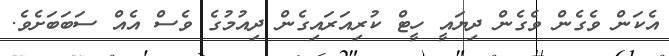
އެކަން ވެގެން ވެގެން ދިޔައީ ހީޓް ކުރިއަރައިގެން ދިއުމުގެ ވެސް އެއް ސަބަބަށެވެ.